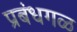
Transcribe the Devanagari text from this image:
प्रबंधगळ